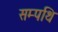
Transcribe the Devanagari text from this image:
सम्पथि